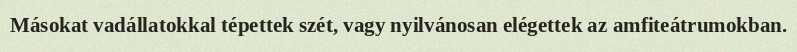
Másokat vadállatokkal tépettek szét, vagy nyilvánosan elégettek az amfiteátrumokban.